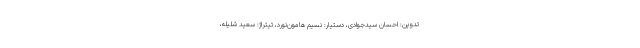
تدوین: احسان سیدجوادی، دستیار: نسیم هامون‌نورد، تیتراژ: سعید شلیله،